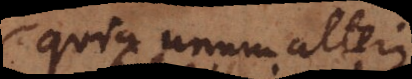
quia unum alteri